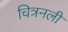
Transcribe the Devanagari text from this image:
चित्रनली